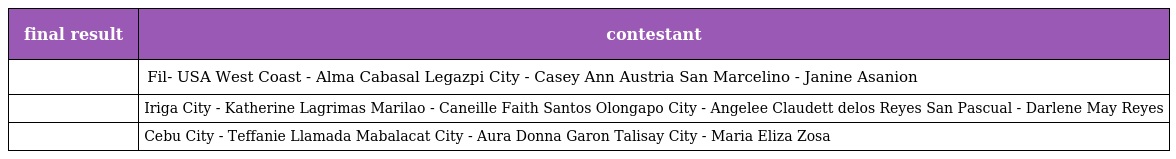
| final result | contestant |
 | --- | --- |
 |  | Fil- USA West Coast - Alma Cabasal Legazpi City - Casey Ann Austria San Marcelino - Janine Asanion |
 |  | Iriga City - Katherine Lagrimas Marilao - Caneille Faith Santos Olongapo City - Angelee Claudett delos Reyes San Pascual - Darlene May Reyes |
 |  | Cebu City - Teffanie Llamada Mabalacat City - Aura Donna Garon Talisay City - Maria Eliza Zosa |